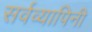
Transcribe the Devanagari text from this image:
सर्वव्यापिनी